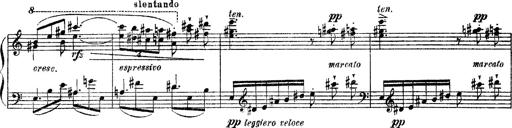
Title: Apparitions
Composer: Franz Liszt